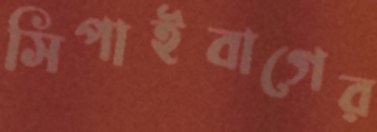
সিপাইবাগের